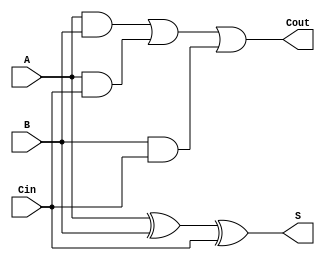
module full_adder_1( input A, B,
                   output S, 
                   input Cin,
                   output Cout );
   assign S = A ^ B ^ Cin;
   assign Cout = (A & B) | (A & Cin) | (B & Cin);
endmodule